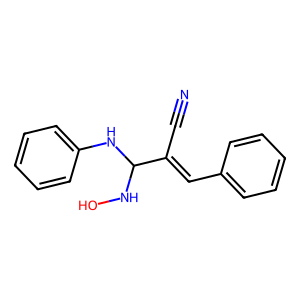
SMILES: N#CC(=Cc1ccccc1)C(NO)Nc1ccccc1
Inhibits HIV replication: No